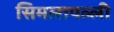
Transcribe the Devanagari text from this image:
सिमलापल्ली